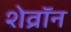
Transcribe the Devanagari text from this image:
शेव्रॉन